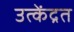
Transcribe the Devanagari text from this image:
उत्केंद्रत